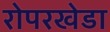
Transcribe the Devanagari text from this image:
रोपरखेडा